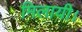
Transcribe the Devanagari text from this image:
मिलायी।